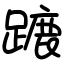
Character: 蹗